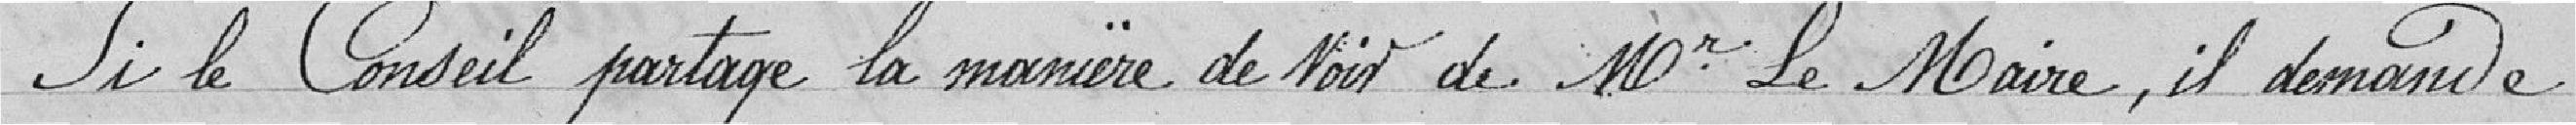
Si le Conseil partage la manière de voir de Mr le Maire, il demande